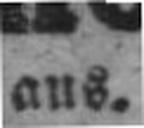
aus.